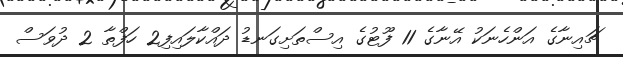
ޗައިނާގެ އަންހެނަކު އޭނާގެ 11 ފޫޓުގެ އިސްތަށިގަނޑު ދައްކާލައިފި2 ހަފްތާ 2 ދުވަސް